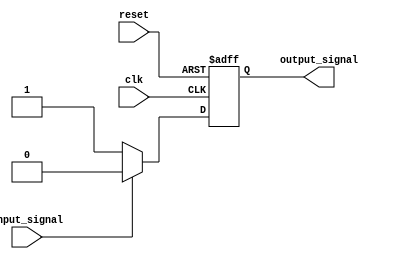
module io_level_shifter(

input wire clk,
input wire reset,
input wire input_signal,

output reg output_signal

);

// Constants for different voltage levels
parameter HIGH_VOLTAGE = 1;
parameter LOW_VOLTAGE = 0;

// Logic to detect input voltage level and perform level shifting
always @(posedge clk or posedge reset) begin
  if (reset) begin
    output_signal <= LOW_VOLTAGE;
  end else begin
    if (input_signal == HIGH_VOLTAGE) begin
      output_signal <= LOW_VOLTAGE;
    end else begin
      output_signal <= HIGH_VOLTAGE;
    end
  end
end

endmodule